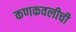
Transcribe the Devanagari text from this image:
कणकवलीची